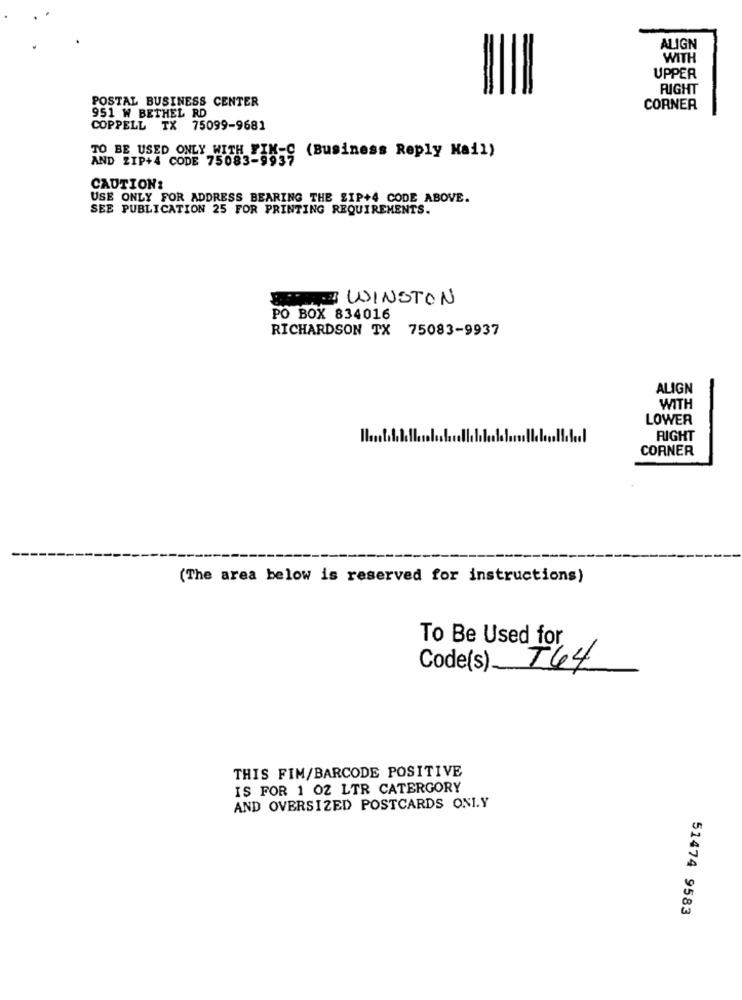
ALIGN
WITH
UPPER
RIGHT
POSTAL BUSINESS CENTER
951 W BETHEL RD
CORNER
COPPELL TX 75099-9681
TO BE USED ONLY WITH FIN-C (Business Reply Mail)
AND ZIP+4 CODE 75083-9937
CAUTION:
USE ONLY FOR ADDRESS BEARING THE SIP+4 CODE ABOVE.
SEE PUBLICATION 25 FOR PRINTING REQUIREMENTS.
HERE WINSTON
PO BOX 834016
RICHARDSON TX 75083-9937
ALIGN
WITH
LOWER
RIGHT
CORNER
(The area below is reserved for instructions)
To Be Used for
Code(s) __
T64
THIS FIM/BARCODE POSITIVE
IS FOR 1 02 LTR CATERGORY
AND OVERSIZED POSTCARDS ONI.Y
51474 9583